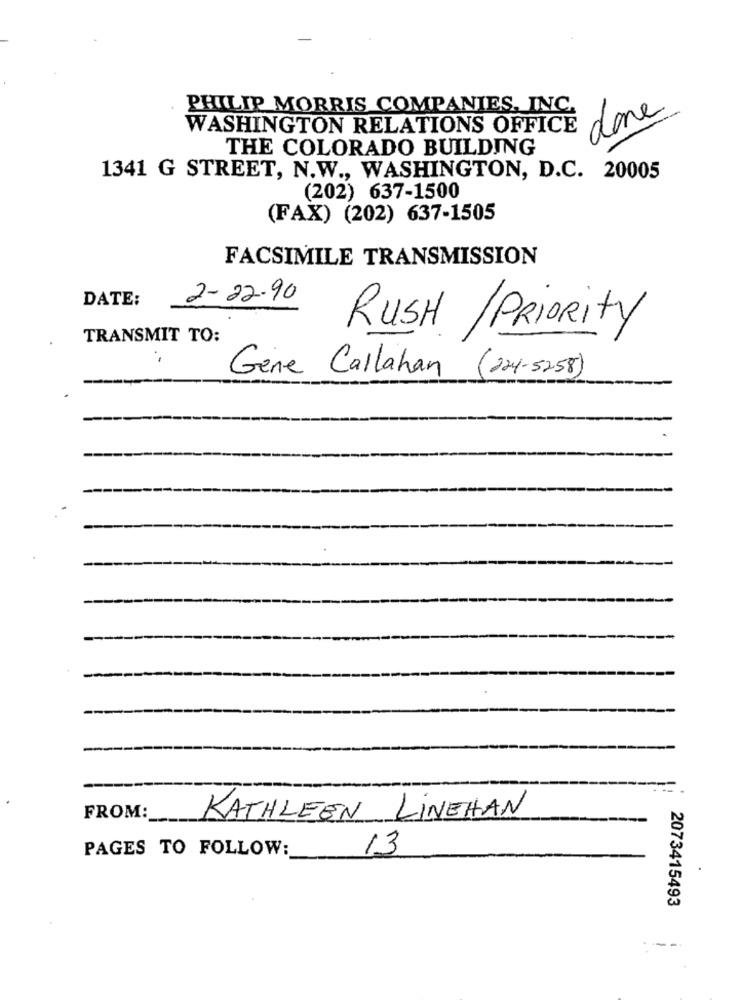
PHILIP MORRIS COMPANIES, INC.
done
WASHINGTON RELATIONS OFFICE
THE COLORADO BUILDING
1341 G STREET, N.W ., WASHINGTON, D.C. 20005
(202) 637-1500
(FAX) (202) 637-1505
FACSIMILE TRANSMISSION
DATE:
2-22.90
RUSH / Priority
TRANSMIT TO:
Gene Callahan (224-52-58)
FROM:
KATHLEEN LINEHAN
PAGES TO FOLLOW:
13
2073415493